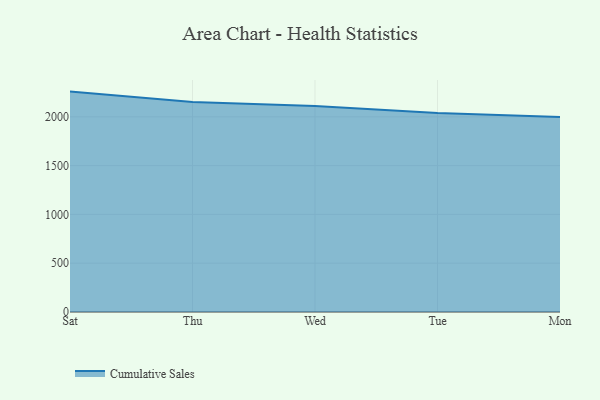
{"axis": {"x": "Day", "y": "Demand Index"}, "legend": ["Cumulative Sales"], "data": [{"x": "Sat", "y": 2258.6, "type": "Cumulative Sales"}, {"x": "Thu", "y": 2153.1, "type": "Cumulative Sales"}, {"x": "Wed", "y": 2111.3, "type": "Cumulative Sales"}, {"x": "Tue", "y": 2039.1, "type": "Cumulative Sales"}, {"x": "Mon", "y": 1999.0, "type": "Cumulative Sales"}]}